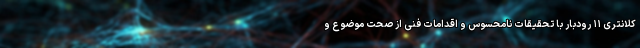
کلانتری ۱۱ رودبار با تحقیقات نامحسوس و اقدامات فنی از صحت موضوع و